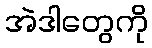
အဲဒါတွေကို